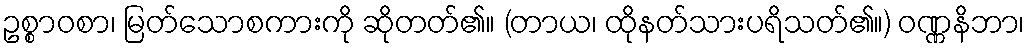
ဥစ္စာဝစာ၊ မြတ်သောစကားကို ဆိုတတ်၏။ (တာယ၊ ထိုနတ်သားပရိသတ်၏။) ဝဏ္ဏနိဘာ၊